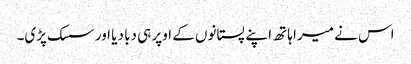
اس نے میرا ہاتھ اپنے پستانوں کے اوپر ہی دبا دیا اور سسک پڑی۔